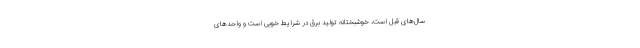
سال‌های قبل است، خوشبختانه تولید برق در شرایط خوبی است و واحد‌های